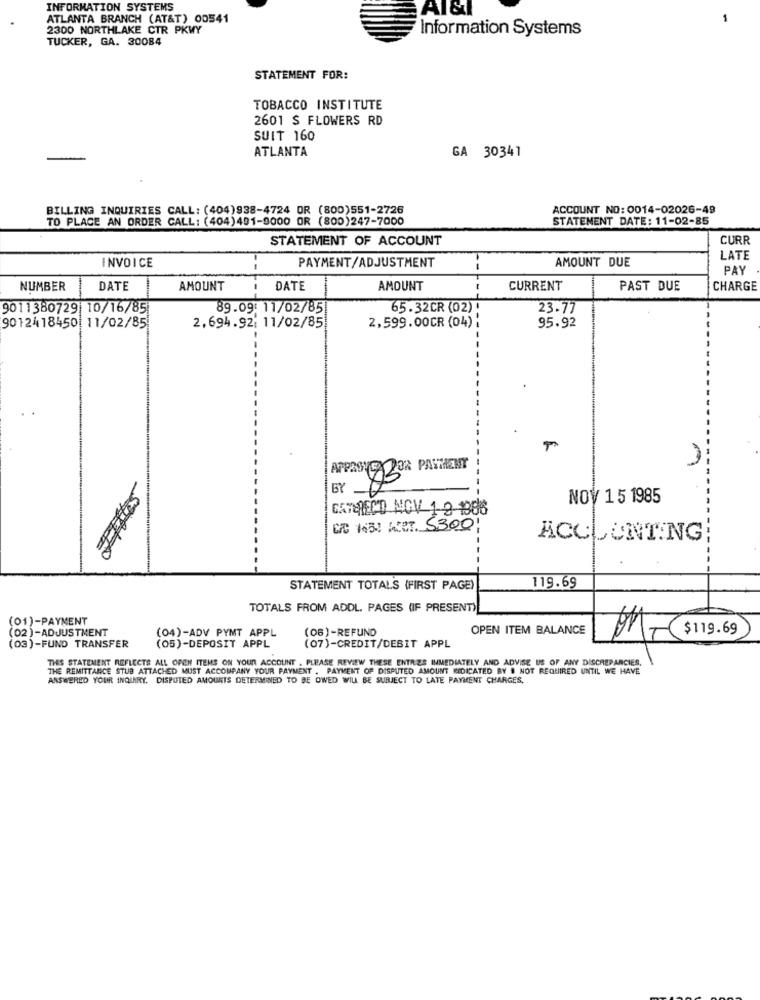
INFORMATION SYSTEMS
Al&1
ATLANTA BRANCH (AT&T) 00541
2300 NORTHLAKE CTR PKWY
Information Systems
TUCKER, GA. 30084
STATEMENT FOR:
TOBACCO INSTITUTE
2601 S FLOWERS RD
SUIT 160
ATLANTA
GA 30341
BILLING INQUIRIES CALL: (404)938-4724 OR (800)551-2726
ACCOUNT NO: 0014-02026-49
TO PLACE AN ORDER CALL: (404)491-9000 OR (800)247-7000
STATEMENT DATE: 11-02-85
STATEMENT OF ACCOUNT
CURR
INVOICE
AMOUNT DUE
LATE
PAYMENT/ADJUSTMENT
PAY
NUMBER
DATE
AMOUNT
DATE
AMOUNT
CURRENT
PAST DUE
CHARGE
9011380729|10/16/85
89.09: 11/02/85
65.32CR (02)
23.77
9012418450 11/02/85
2,694.92: 11/02/85
2,599.00CR (04)
95.92
1
APPASH ZOR PAYMENT
NOV 15 1985
CATERECD NOV 1 2 1886
C/A 1451 WET. 5300
ACCOUNTING
STATEMENT TOTALS (FIRST PAGE)
119.69
TOTALS FROM ADDL. PAGES (IF PRESENT)
(01)-PAYMENT
(04)-ADV PYMT APPL
(06) -REFUND
OPEN ITEM BALANCE
(02)-ADJUSTMENT
M$119.69
(03)-FUND TRANSFER
(05)-DEPOSIT APPL
(07)-CREDIT/DEBIT APPL
THIS STATEMENT REFLECTS ALL OFEN ITEMS ON YOUR ACCOUNT . PLEASE REVIEW THESE ENTRES INMEDIATELY AND ADVISE US OF ANY DISCREPANCIES.
THE REMITTANCE STUD ATTACHED MUST ACCOMPANY YOUR PAYMENT . PAYMENT OF DISPUTED AMOUNT RIDICATED BY & NOT REQUIRED UNTIL WE HAVE
ANSWERED YOUR INQUIRY. DISPUTED AMOUNTS DETERMINED TO BE OWED WILL BE SUBJECT TO LATE PAYMENT CHARGES,